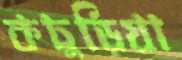
কচুড়িয়া